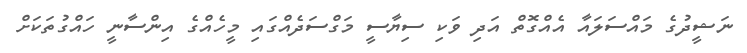
ނަޝީދުގެ މައްސަލައާ އެއްގޮތް އަދި ވަކި ސިޔާސީ މަގްސަދެއްގައި މީހެއްގެ އިންސާނީ ހައްގުތަކަށް